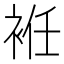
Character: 袵